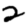
Digit: 2